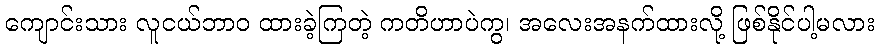
ကျောင်းသား လူငယ်ဘာဝ ထားခဲ့ကြတဲ့ ကတိဟာပဲကွ၊ အလေးအနက်ထားလို့ ဖြစ်နိုင်ပါ့မလား